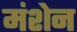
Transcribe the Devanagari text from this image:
मंशेन